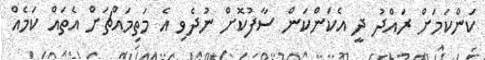
ކަންކަމަށް ރައްދު ދީ އެކަންކަން ސާފުކޮށް ނުދެވި އެ މަތިމައްޗަށް އެތައް ކަމެއް